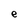
Character: e